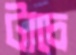
টাচে